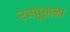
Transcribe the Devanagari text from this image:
रजपूताना